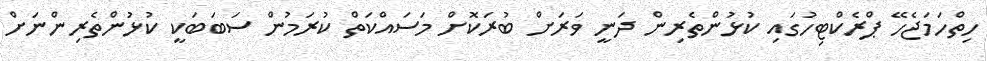
ހިތްހަމަޖެހޭ ޕްރެކްޓިހުގައި ކުޅުންތެރިން ދަނީ ވަރަށް ބުރަކޮށް މަސައްކަތް ކުރަމުން ސަބަބަކީ ކުޅުންތެރިންނަށް